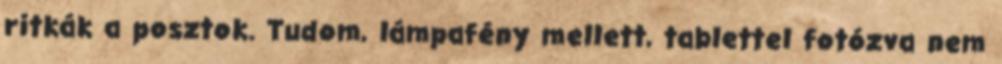
ritkák a posztok. Tudom, lámpafény mellett, tablettel fotózva nem